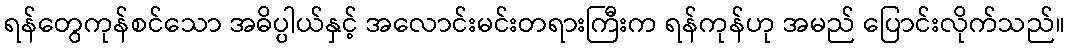
ရန်တွေကုန်စင်သော အဓိပ္ပါယ်နှင့် အလောင်းမင်းတရားကြီးက ရန်ကုန်ဟု အမည် ပြောင်းလိုက်သည်။